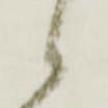
候